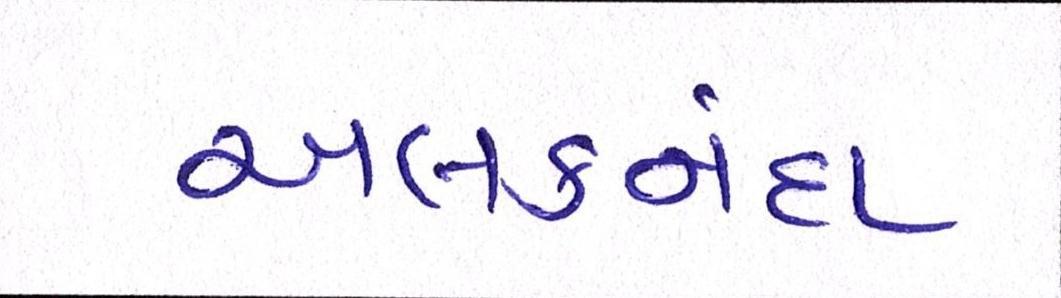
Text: અલકનંદા